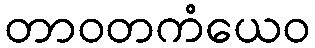
တာဝတကံယေဝ